Insane asylums in Bengal annual reports 1876-1887 - 1876-1887
Year: 1876
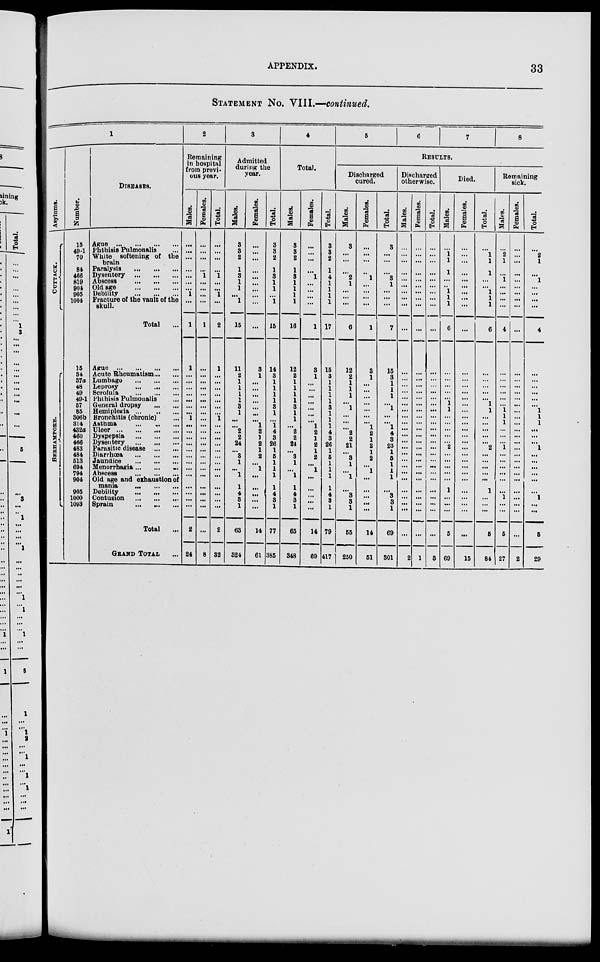
APPENDIX.
33
STATEMENT No. VIII.—continued.
1
Asylums.
CUTTACK.
B E R HAMP OR E .
Number.
15
49-1
70
84
466
819
904
905
1004
15
34
37a
48
49
49-1
57
85
306b
814
432a
460
466
483
484
513
694
794
904
905
1000
1093
DISEASES.
Ague ... ... ... ...
Phthisis Pulmonalis ...
White softening of the
brain
Paralysis
...
...
...
Dysentery
...
...
...
Abscess
...
...
...
Old age
...
...
...
Debility
...
...
...
Fracture of the vault of the
skull.
Total ...
Ague
...
...
...
...
Acute Rheumatism ... ...
Lumbago
...
...
...
Leprosy
...
...
...
Scrofula
...
...
...
Phthisis Pulmonalis ...
General dropsy
...
...
Hemiplegia
...
...
...
Bronchitis (chronic) ...
Asthma ... ... ...
Ulcer
...
...
...
...
Dyspepsia
...
...
...
Dysentery ... ... ...
Parasitic disease ... ...
Diarrhœa ... ... ...
Jaundice ... ... ...
Menorrhagia ... ... ...
Abscss ... ... ...
Old age and exhaustion of
mania ... ... ...
Debility ... ... ...
Contusion ... ... ...
Sprain ... ... ...
Total ...
GRAND TOTAL ...
2
Remaining
in hospital
from previ-
ous year.
Males.
...
...
...
...
...
...
...
1
...
1
1
...
...
...
...
...
...
...
1
...
...
...
...
...
...
...
...
...
...
...
...
...
2
24
Females.
...
...
...
...
1
...
...
...
...
1
...
...
...
...
...
...
...
...
...
...
...
...
...
...
...
...
...
...
...
...
...
...
...
8
Total.
...
...
...
...
1
...
...
1
...
2
1
...
...
...
...
...
...
...
1
...
...
...
...
...
...
...
...
...
...
...
...
...
2
32
3
Admitted
during the
year.
Males.
3
8
2
1
3
1
1
...
1
15
11
2
1
1
1
1
3
1
...
...
2
2
24
...
3
1
...
1
1
4
3
1
63
324
Females.
...
...
...
...
...
...
...
...
...
...
3
1
...
...
...
...
...
...
...
1
2
1
2
1
2
... ...
...
...
...
...
...
14
61
Total.
3
3
2
1
3
1
1
...
1
15
14
3
1
1
1
1
3
1
...
1
4
3
26
...
5
1
1
1
1
4
3
1
77
385
4
Total.
Males.
3
3
2
1
8
1
1
1
1
16
12
2
1
1
1
1
3
1
1
...
2
2
24
...
3
1
...
1
1
4
3
1
65
348
Females.
...
...
...
...
1
...
...
...
...
1
3
1
...
...
...
...
...
...
...
1
2
1
2
1
2
... ...
...
...
...
...
...
14
69
Total.
3
3
2
1
4
1
1
1
1
17
15
3
1
1
1
1
3
1
1
1
4
3
26
1
5
1
1
1
1
4
3
1
79
417
5
6
7
8
RESULTS.
Discharged
cured.
Males.
3
...
...
...
2
1
...
...
...
6
12
2
1
1
1
...
1
...
...
...
2
2
21
...
3
1
...
1
...
3
3
1
55
250
Females.
...
...
...
...
1
...
...
...
...
1
3
1
...
...
...
...
...
...
...
1
2
1
2
1
2
... ...
...
...
...
...
...
14
51
Total.
8
...
...
...
3
1
...
...
...
7
15
3
1
1
1
...
1
...
...
1
4
3
23
1
5
1
1
1
...
3
3
1
69
301
Discharged
otherwise.
Males.
...
...
...
...
...
...
...
...
...
...
...
...
...
...
...
...
...
...
...
...
...
...
...
...
...
...
...
...
...
...
...
...
...
2
Females.
...
...
...
...
...
...
...
...
...
...
...
...
...
...
...
...
...
...
...
...
...
...
...
...
...
...
...
...
...
...
...
...
...
1
Total.
...
...
...
...
...
...
...
...
...
...
...
...
...
...
...
...
...
...
...
...
...
...
...
...
...
...
...
...
...
...
...
...
...
3
Died.
Males.
...
1
1
1
...
..
1
1
1
6
...
...
...
...
...
1
1
...
...
...
...
...
2
...
...
...
...
...
1
...
...
...
5
69
Females.
...
...
...
...
...
...
...
...
...
...
...
...
...
...
...
...
...
...
...
...
...
...
...
...
...
...
...
...
...
...
...
...
...
15
Total.
...
1
1
1
...
...
1
1
1
6
...
...
...
...
...
1
1
...
...
...
...
...
2
...
...
...
...
...
1
...
...
...
5
84
Remaining
sick.
Males.
...
2
1
...
1
...
...
...
...
4
...
...
...
...
...
...
1
1
1
...
...
...
1
...
...
...
...
...
...
1
...
...
5
27
Females.
...
...
...
...
...
...
...
...
...
...
...
...
...
...
...
...
...
...
...
...
...
...
...
...
...
...
...
...
...
...
...
...
...
2
Total.
...
2
1
...
1
...
...
...
...
4
...
...
...
...
...
...
1
1
1
...
...
...
1
...
...
...
...
...
...
1
...
...
5
29